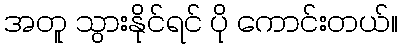
အတူ သွားနိုင်ရင် ပို ကောင်းတယ်။